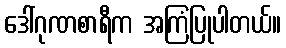
ဒေါ်ဂုဏစာရီက အကြံပြုပါတယ်။